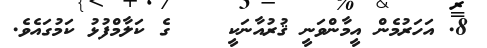
8. އަހަރުމެން އީމާންވަނީ ޤުރުއާނަކީ    ގެ ކަލާމްފުޅު ކަމުގައެވެ.